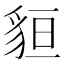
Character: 貆